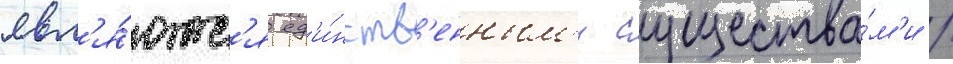
явл'я́ютс'я ед'и́нств'енным'и существа́м'и /